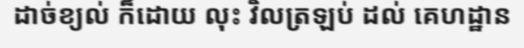
ដាច់ខ្យល់ ក៏ដោយ លុះ វិលត្រឡប់ ដល់ គេហដ្ឋាន